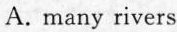
A.many rivers